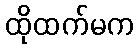
ထိုထက်မက